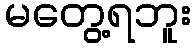
မတွေ့ရဘူး